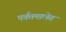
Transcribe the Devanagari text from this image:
पर्वतमालेत